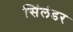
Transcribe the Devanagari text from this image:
सिंलंडर